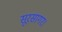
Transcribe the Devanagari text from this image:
सूरसागर।